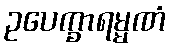
ဥပေက္ခာရမ္မဏံ